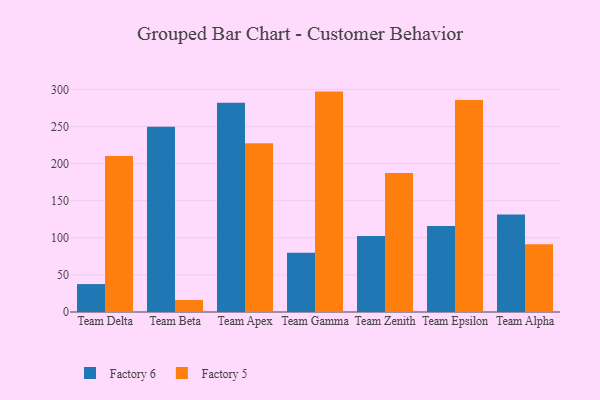
{"axis": {"x": "Team", "y": "Satisfaction Score"}, "legend": ["Factory 5", "Factory 6"], "data": [{"x": "Team Delta", "y": 37.6, "type": "Factory 6"}, {"x": "Team Delta", "y": 210.3, "type": "Factory 5"}, {"x": "Team Beta", "y": 249.5, "type": "Factory 6"}, {"x": "Team Beta", "y": 16.1, "type": "Factory 5"}, {"x": "Team Apex", "y": 281.9, "type": "Factory 6"}, {"x": "Team Apex", "y": 227.3, "type": "Factory 5"}, {"x": "Team Gamma", "y": 79.7, "type": "Factory 6"}, {"x": "Team Gamma", "y": 296.9, "type": "Factory 5"}, {"x": "Team Zenith", "y": 102.4, "type": "Factory 6"}, {"x": "Team Zenith", "y": 187.3, "type": "Factory 5"}, {"x": "Team Epsilon", "y": 115.8, "type": "Factory 6"}, {"x": "Team Epsilon", "y": 285.6, "type": "Factory 5"}, {"x": "Team Alpha", "y": 131.4, "type": "Factory 6"}, {"x": "Team Alpha", "y": 91.2, "type": "Factory 5"}]}